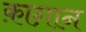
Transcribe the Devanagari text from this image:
क़ाग़ान